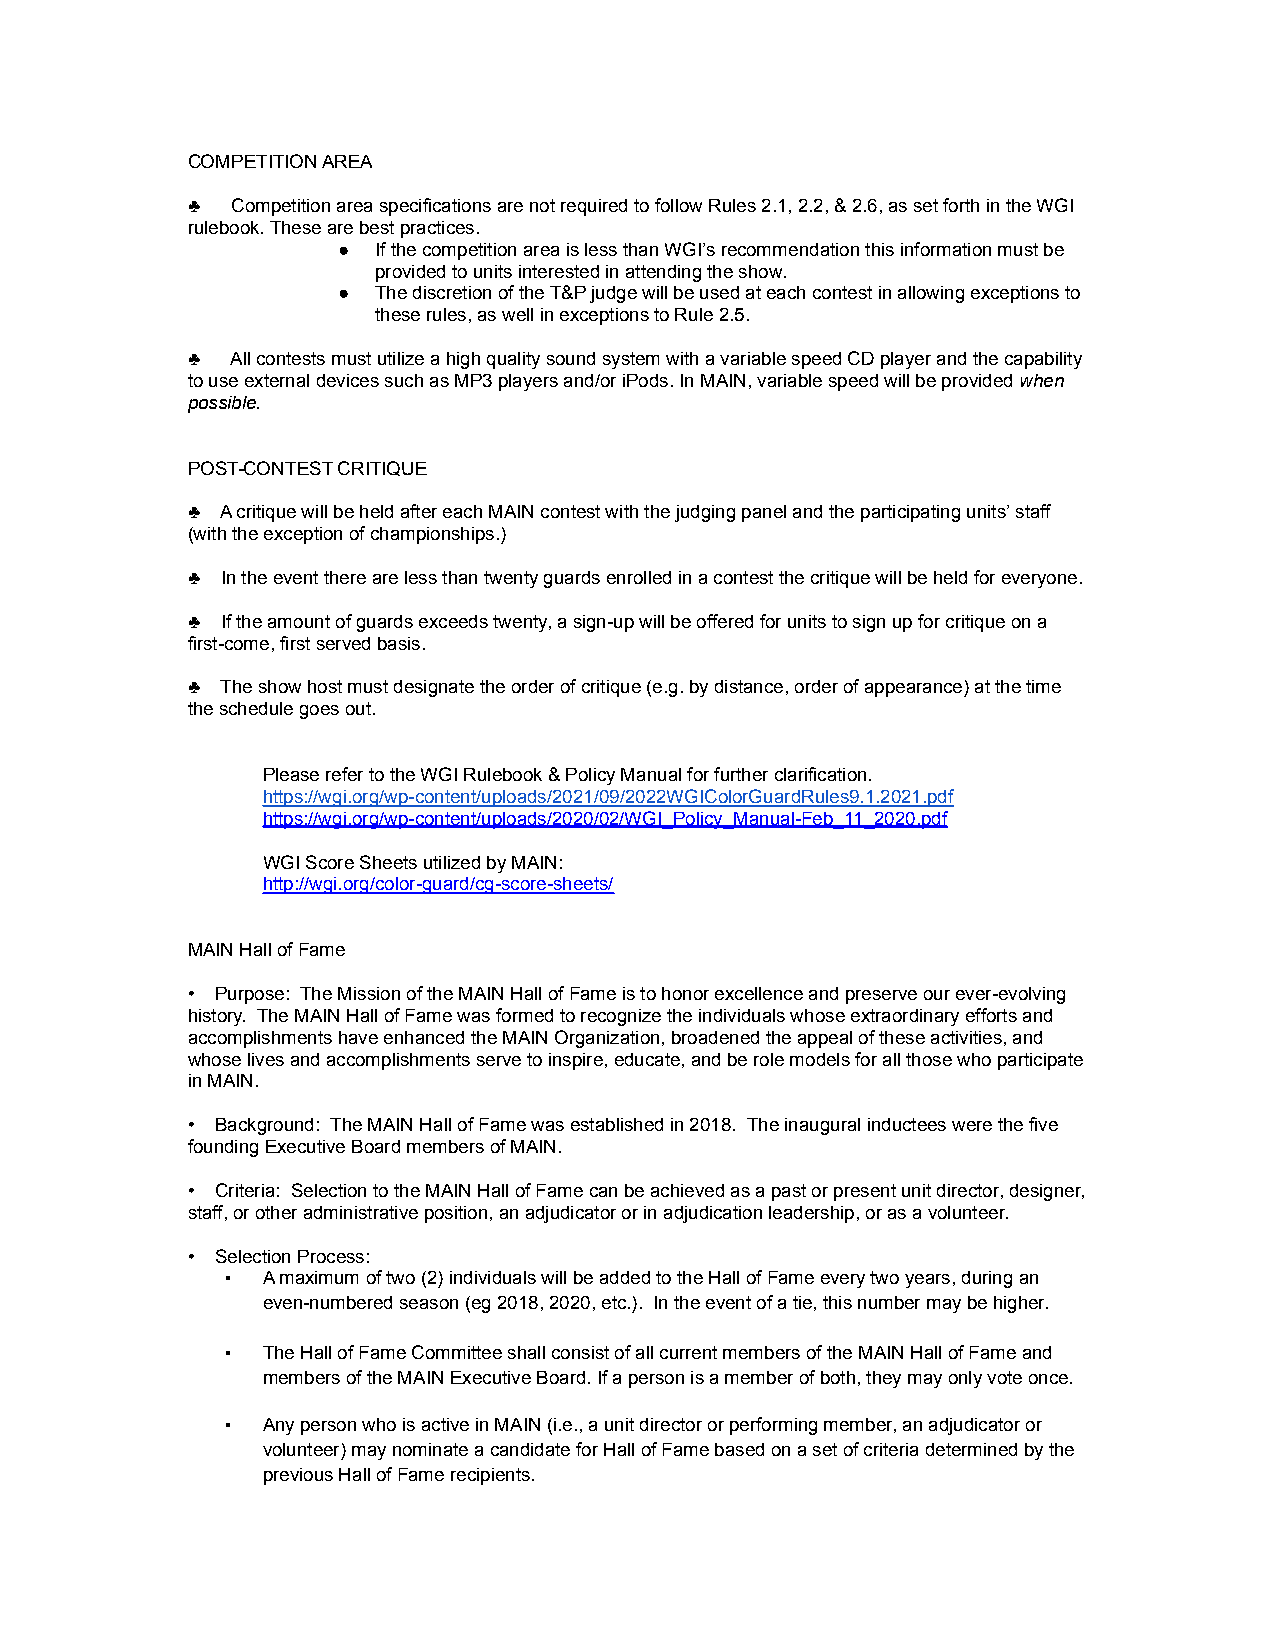
COMPETITION AREA
 ♣  Competition area specifications are not required to follow Rules 2.1, 2.2, & 2.6, as set forth in the WGI
 rulebook. These are best practices.
 ●  If the competition area is less than WGI’s recommendation this information must be
 provided to units interested in attending the show.
 ●  The discretion of the T&P judge will be used at each contest in allowing exceptions to
 these rules, as well in exceptions to Rule 2.5.
 ♣  All contests must utilize a high quality sound system with a variable speed CD player and the capability
 to use external devices such as MP3 players and/or iPods. In MAIN, variable speed will be providedwhen
 possible.
 POST-CONTEST CRITIQUE
 ♣  A critique will be held after each MAIN contest with the judging panel and the participating units’ staff
 (with the exception of championships.)
 ♣  In the event there are less than twenty guards enrolled in a contest the critique will be held for everyone.
 ♣  If the amount of guards exceeds twenty, a sign-up will be offered for units to sign up for critique on a
 first-come, first served basis.
 ♣  The show host must designate the order of critique (e.g. by distance, order of appearance) at the time
 the schedule goes out.
 Please refer to the WGI Rulebook & Policy Manual for further clarification.
 https://wgi.org/wp-content/uploads/2021/09/2022WGIColorGuardRules9.1.2021.pdf
 https://wgi.org/wp-content/uploads/2020/02/WGI_Policy_Manual-Feb_11_2020.pdf
 WGI Score Sheets utilized by MAIN:
 http://wgi.org/color-guard/cg-score-sheets/
 MAIN Hall of Fame
 • Purpose: The Mission of the MAIN Hall of Fame is to honor excellence and preserve our ever-evolving
 history. The MAIN Hall of Fame was formed to recognize the individuals whose extraordinary efforts and
 accomplishments have enhanced the MAIN Organization, broadened the appeal of these activities, and
 whose lives and accomplishments serve to inspire, educate, and be role models for all those who participate
 in MAIN.
 • Background: The MAIN Hall of Fame was established in 2018. The inaugural inductees were the five
 founding Executive Board members of MAIN.
 • Criteria: Selection to the MAIN Hall of Fame can be achieved as a past or present unit director, designer,
 staff, or other administrative position, an adjudicator or in adjudication leadership, or as a volunteer.
 • Selection Process:
 ▪ A maximum of two (2) individuals will be added to the Hall of Fame every two years, during an
 even-numbered season (eg 2018, 2020, etc.). In the event of a tie, this number may be higher.
 ▪ The Hall of Fame Committee shall consist of all current members of the MAIN Hall of Fame and
 members of the MAIN Executive Board. If a person is a member of both, they may only vote once.
 ▪ Any person who is active in MAIN (i.e., a unit director or performing member, an adjudicator or
 volunteer) may nominate a candidate for Hall of Fame based on a set of criteria determined by the
 previous Hall of Fame recipients.